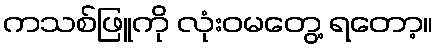
ကသစ်ဖြူကို လုံးဝမတွေ့ ရတော့။